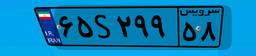
۶۵S۲۹۹۵۸